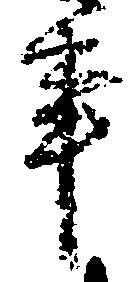
事